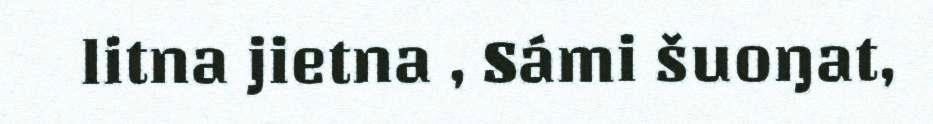
litna jietna , Sámi šuoŋat,